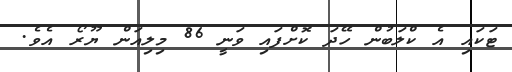
ޓަކައި އެ ކްލަބުން ހޭދަ ކޮށްފައި ވަނީ 86 މިލިއަން ޔޫރޯ އެވެ.